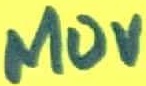
Text: MOV